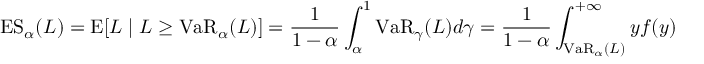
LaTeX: \operatorname { E S } _ { \alpha } ( L ) = \operatorname { E } [ L \mid L \geq \operatorname { V a R } _ { \alpha } ( L ) ] = { \frac { 1 } { 1 - \alpha } } \int _ { \alpha } ^ { 1 } \operatorname { V a R } _ { \gamma } ( L ) d \gamma = { \frac { 1 } { 1 - \alpha } } \int _ { \operatorname { V a R } _ { \alpha } ( L ) } ^ { + \infty } y f ( y ) \, d y .